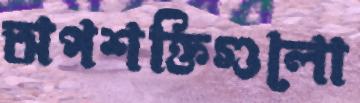
অপশক্তিগুলো